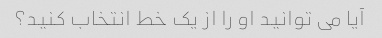
آیا می توانید او را از یک خط انتخاب کنید؟